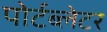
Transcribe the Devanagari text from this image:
पोर्टब्लेटर